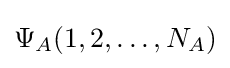
\Psi _{A}(1,2,\dots ,N_{A})